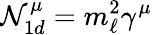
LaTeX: {\cal N}_{1d}^{\mu}=m_{\ell}^{2}\gamma^{\mu}